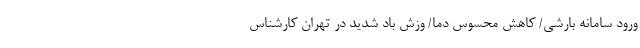
ورود سامانه بارشی/ کاهش محسوس دما/ وزش باد شدید در تهران کارشناس